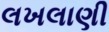
લખલાણી